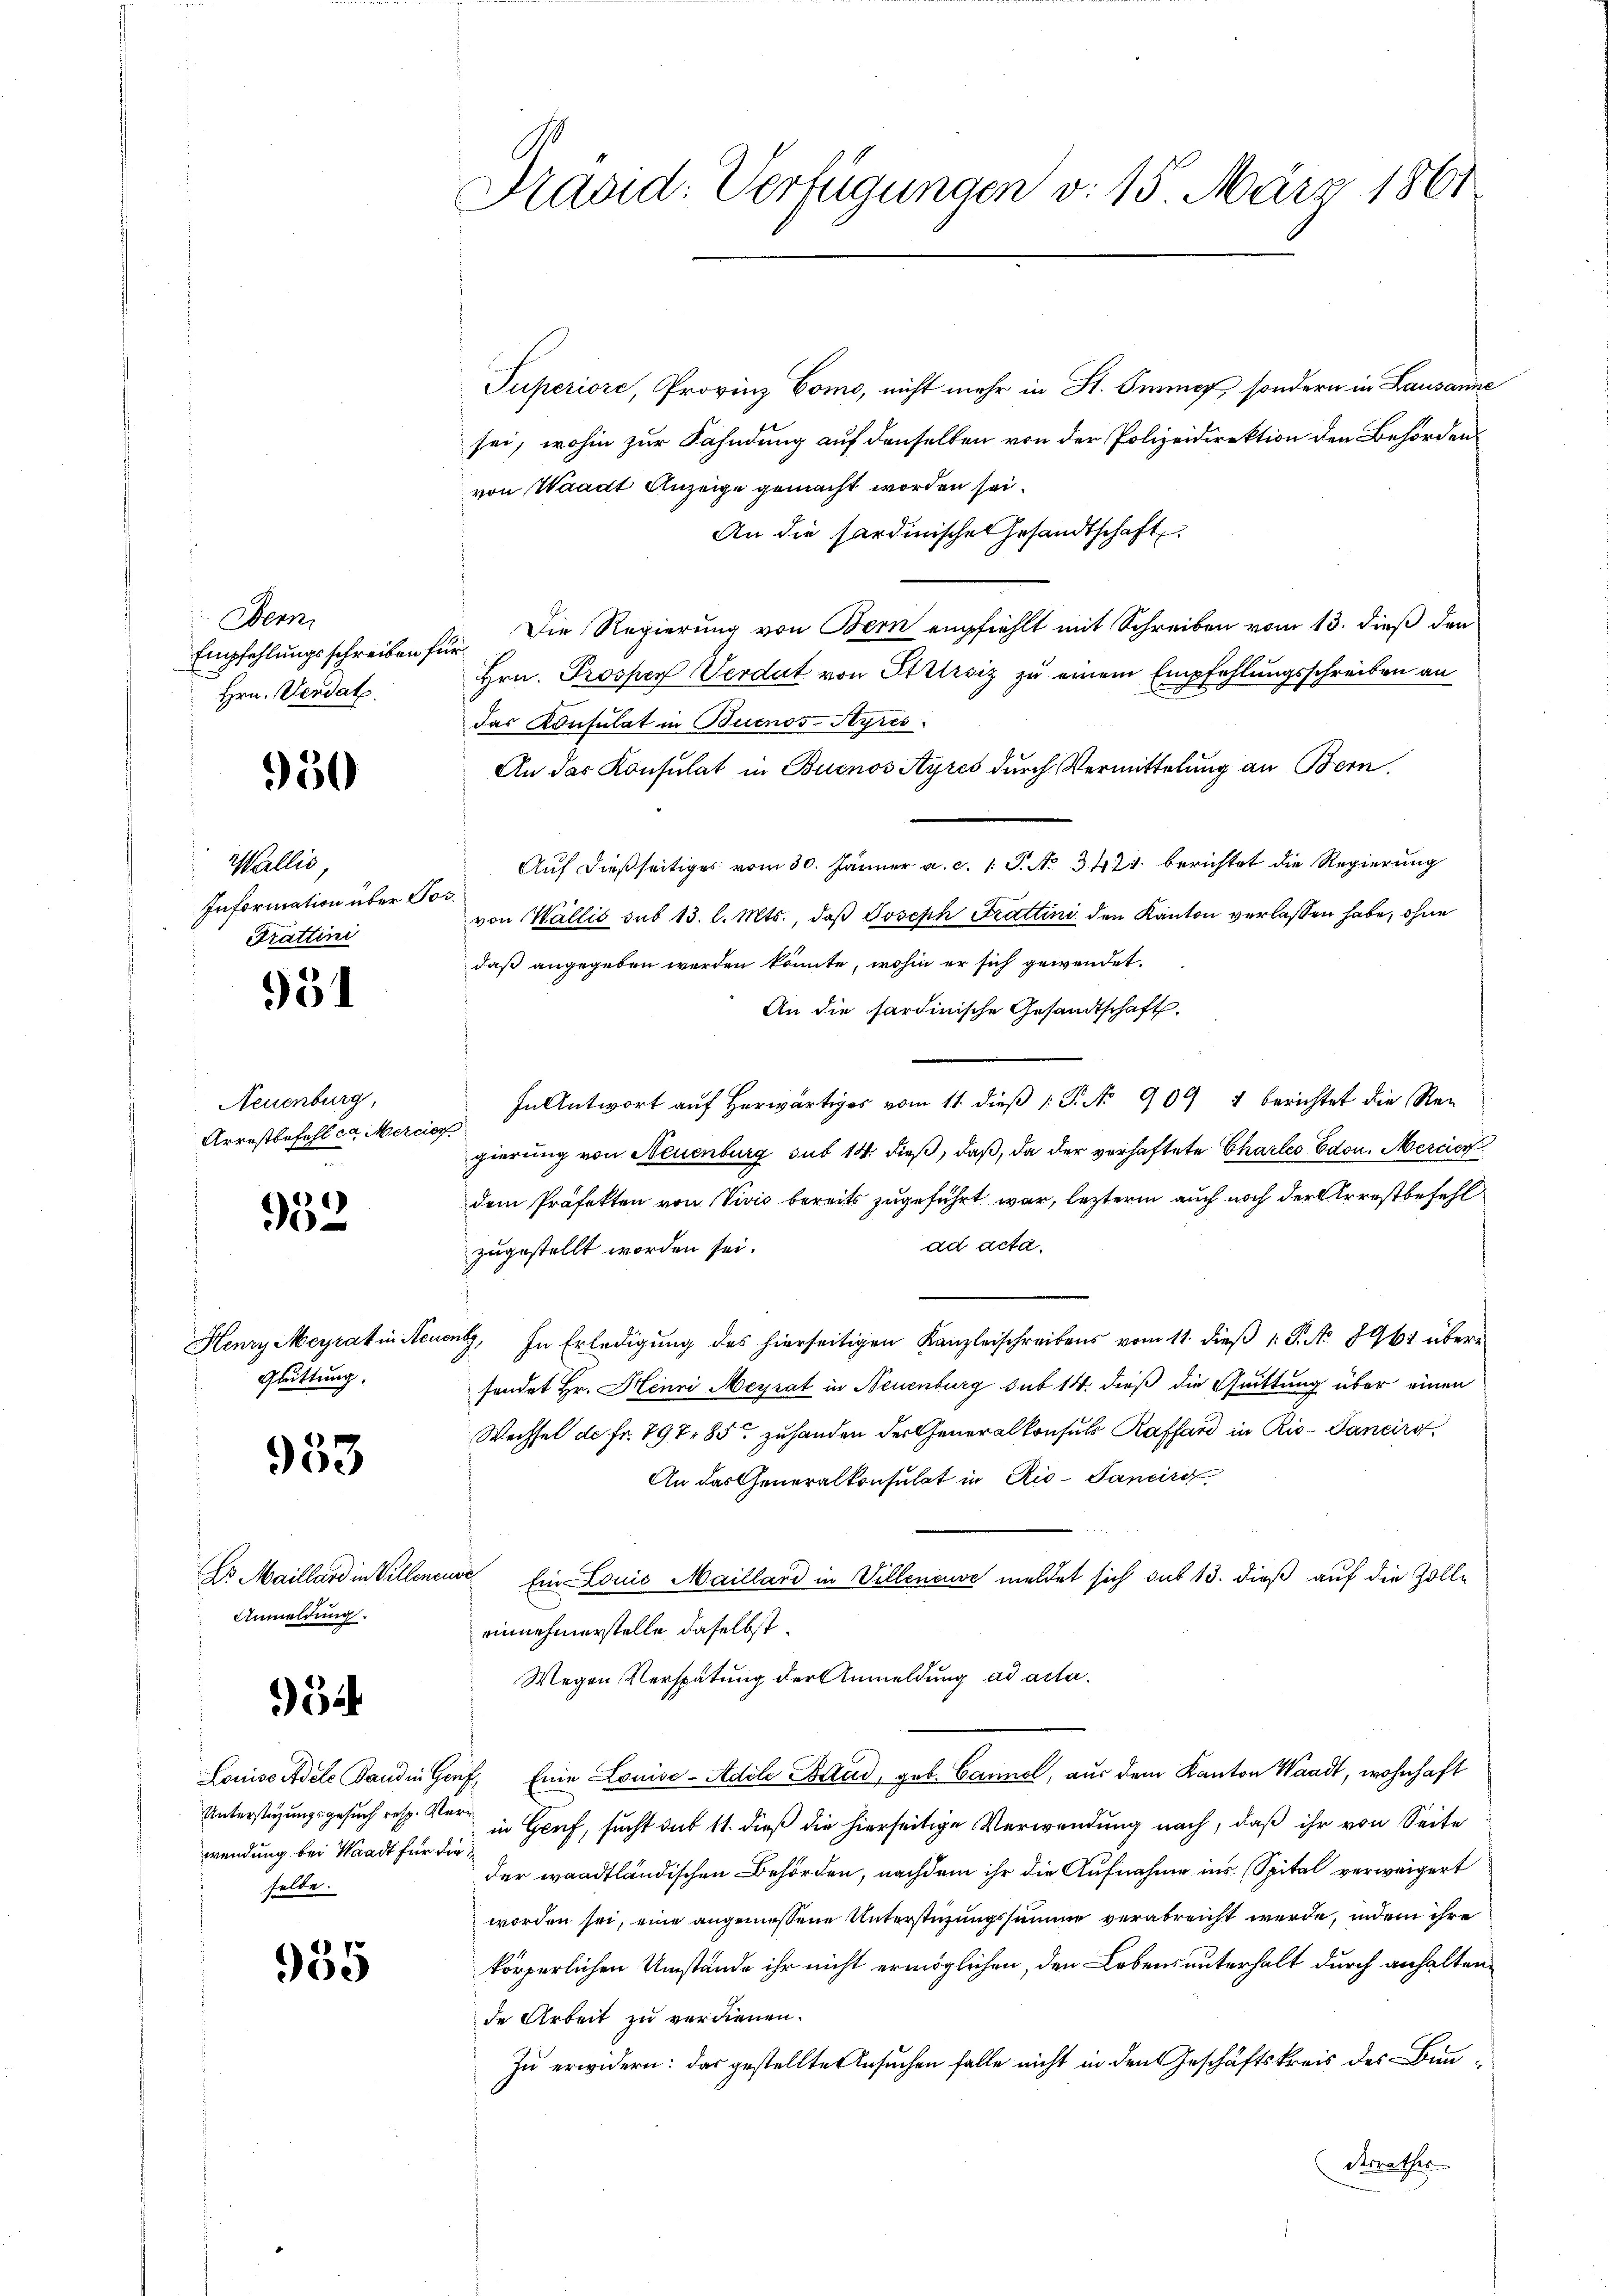
Wenn
Hrn. Verdat

950

Wallis,
Information über Se
Trattini

51

Neuenburg,
Arrestbefehl da Merci

952

Grittung,

953

Anmeldung.

52

wendung bei Waadt für dieselbe.

955

Praad: Verfügungen v. 15. März 1861

Puperiore, Provinz Como, nicht mehr in St. Ferner, sondern in Lausanne
sei, wohin zur Fahndung auf denselben von der Polizeidirektion den Behörden
von Waadt Anzeige gemacht worden sei.
An die sardinische Gesandtschaft.
Empfehlungsschreiben für. Die Regierung von Bern empfiehlt mit Schreiben vom 13. dieß den
Hrn. Prospey Verdat von Stilrsiz zu einem Empfehlungsschreiben an
das Konsulat in Buenos-Ayres
An das Konsulat in Buenos Ayres durch Vermittelung an Bern,
Auf dießseitiges vom 30. Jänner a. c. 1 S. No. 342. berichtet die Regierung
un
von Wallis sub 13. l. Mts., daß Joseph Trattini den Kanton verlassen habe, ohne
daß angegeben werden könnte, wohin er sich gewendet.
An die sardinische Gesandtschaft.
In Antwort auf herwärtiger vom 11. dieß P. No 909 4 berichtet die Rei
.
gierung von Neuenburg sub 14. dieß, daß, da der verhaftete Charles Edon. Mercier
dem Präfekten von Vivić bereits zugeführt war, lezterm auch noch der Arrestbefehl
ad acta.
zugestellt worden sei.
e
Henry Meyrakin Neuen, In Erledigung des hierseitigen Kanzleischreibens vom 11. dieß v. P. No 8961 übersendet Hr. Henri Meyrat in Neuenburg sub 14. dieß die Quittung über einen
Wechsel de fr. 797 85 zuhanden der Generalkonsuls Raffard in Rio- Daneiro
An das Generalkonsulat in Rio-Janeiro
Es Maillard in Villinende Ein Louis Maillard in Villeneuve meldet sich sub 13. dieß auf die Zolle
einnehmerstelle daselbst.
Wegen Verspätung der Anmeldung ad acta.
Louise Adele Bandin Genf, Eine Louise-Adele Blud, geb. Cannel, aus dem Kanton Waadt, wohnhaft
Unterstüzungsgesuch resp. er in Genf, sucht sub 11. dieß die hierseitige Verwendung nach, daß ihr von Seite
der waadtländischen Behörden, nachdem ihr die Aufnahme ins Spital verweigert
worden sei, eine angemessene Unterstüzungssumme verabreicht werde, indem ihre
körperlichen Umstände ihr nicht ermöglichen, den Lebensunterhalt durch anhaltende Arbeit zu verdienen.
Zu erwidern: das gestellten Ansuchen falle nicht in den Geschäftskreis des Bunderrathes